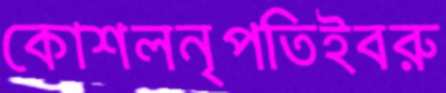
কোশলনৃপতিইবরু